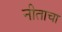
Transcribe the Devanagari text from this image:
नीताचा